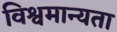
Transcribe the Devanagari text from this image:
विश्वमान्यता